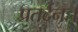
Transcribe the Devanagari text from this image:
प्रतर्दनः।